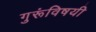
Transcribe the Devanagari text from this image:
गुरूंविषयी